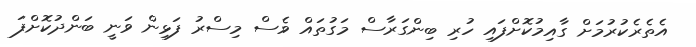
އެތެރެކުރުމަށް ގާއިމުކޮށްފައި ހުރި ބިންގަރާސް މަގުތައް ވެސް މިސްރު ފަޅިން ވަނީ ބަންދުކޮށްފަ